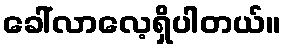
ခေါ်လာလေ့ရှိပါတယ်။